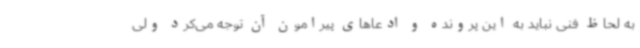
به لحاظ فنی نباید به این پرونده و ادعاهای پیرامون آن توجه می‌کرد ولی